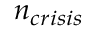
n _ { c r i s i s }